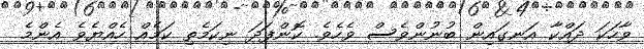
ވާހަކަ ދައްކާ އަނގައިން ބުނުންވެސް ވެހެވެ. ކޮންފަދަ ނިކަމެތި ކަމެއް ހެއްޔެވެ އެންމެ